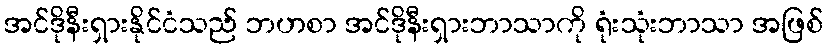
အင်ဒိုနီးရှားနိုင်ငံသည် ဘဟစာ အင်ဒိုနီးရှားဘာသာကို ရုံးသုံးဘာသာ အဖြစ်